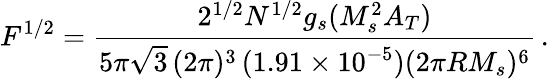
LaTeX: F^{1/2}=\frac{2^{1/2}N^{1/2}g_{s}(M_{s}^{2}A_{T})}{5\pi\sqrt{3}\, (2\pi)^{3}\, (1.91\times 10^{-5})(2\pi RM_{s})^{6}}\, .